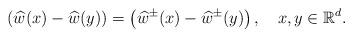
LaTeX: \begin{align*}\left( \widehat{w}(x)-\widehat{w}(y)\right) =\left( \widehat{w}^\pm(x)-\widehat{w}^\pm(y)\right) , \ \ \ x,y\in \mathbb{R}^d.\end{align*}